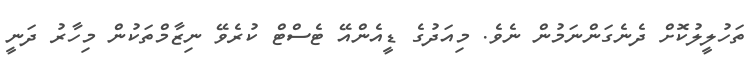
ތަހުލީލުކޮށް ދެނެގަންނަމުން ނެވެ. މިއަދުގެ ޑީއެންއޭ ޓެސްޓް ކުރެވޭ ނިޒާމްތަކުން މިހާރު ދަނީ